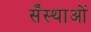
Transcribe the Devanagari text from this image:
सँस्थाओं